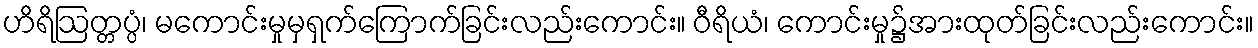
ဟိရိဩတ္တပ္ပံ၊ မကောင်းမှုမှရှက်ကြောက်ခြင်းလည်းကောင်း။ ဝီရိယံ၊ ကောင်းမှု၌အားထုတ်ခြင်းလည်းကောင်း။